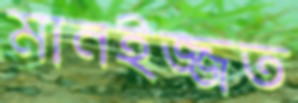
মানইজ্জত